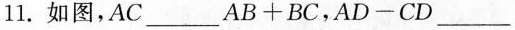
11.如图,$$A C ___ A B + B C$$,$$A D - C D ___ A B$$, $$B C + C D ___ A B + B D$$(填">""＜"